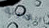
القابلة